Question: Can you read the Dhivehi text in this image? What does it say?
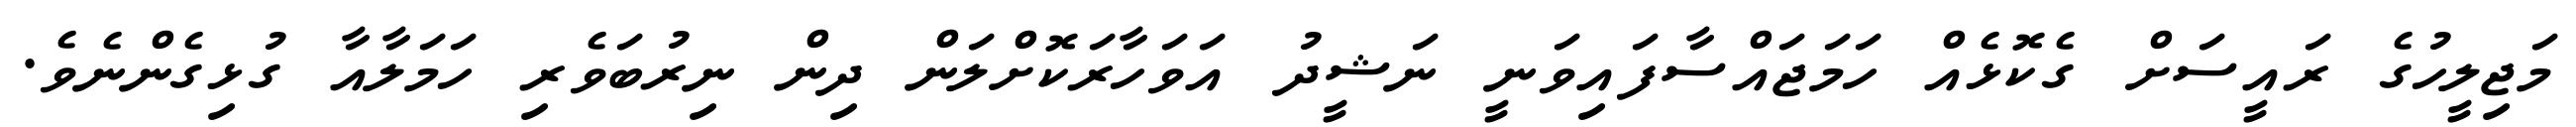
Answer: މަޖިލީހުގެ ރައީސަށް ގެކޮޅެއް ހަމަޖައްސާފައިވަނީ ނަޝީދު އަވަހާރަކޮށްލަން ދިން ނިރުބަވެރި ހަމަލާއާ ގުޅިގެންނެވެ.